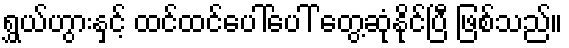
ရွှယ်ဟွားနှင့် ထင်ထင်ပေါ်ပေါ် တွေ့ဆုံနိုင်ပြီ ဖြစ်သည်။